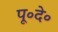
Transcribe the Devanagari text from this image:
पू॰दे॰